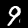
Digit: 9